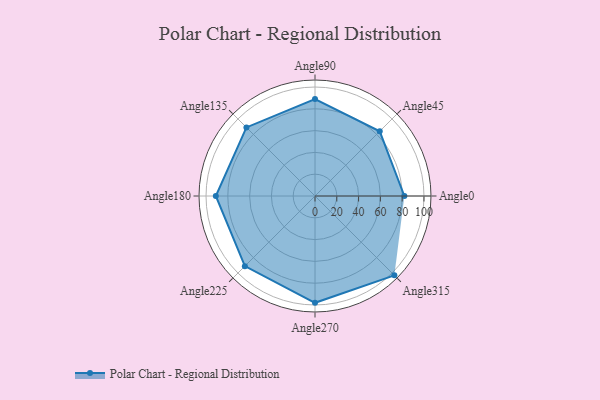
{"axis": {"x": "Angle", "y": "Radius"}, "legend": [""], "data": [{"x": "Angle0", "y": 82.0, "type": ""}, {"x": "Angle45", "y": 84.0, "type": ""}, {"x": "Angle90", "y": 89.0, "type": ""}, {"x": "Angle135", "y": 89.0, "type": ""}, {"x": "Angle180", "y": 91.0, "type": ""}, {"x": "Angle225", "y": 91.0, "type": ""}, {"x": "Angle270", "y": 98.0, "type": ""}, {"x": "Angle315", "y": 103.0, "type": ""}]}